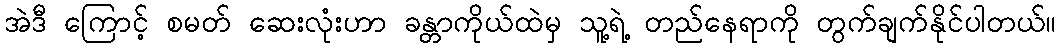
အဲဒီ ကြောင့် စမတ် ဆေးလုံးဟာ ခန္တာကိုယ်ထဲမှ သူ့ရဲ့ တည်နေရာကို တွက်ချက်နိုင်ပါတယ်။